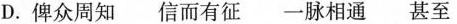
D. 俾众周知 信而有征 一脉相通 甚至